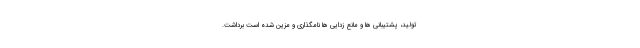
تولید، پشتیبانی ها و مانع زدایی ها نامگذاری و مزین شده است برداشت.